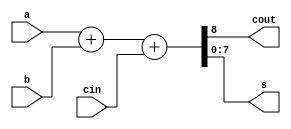
//
module Adder1(a,b,cin,cout,s);
  parameter n = 8 ;
  input [n-1:0] a,b;
  input cin;
  output [n-1:0] s;
  output cout;
  
  assign {cout, s} = a + b + cin ;
endmodule